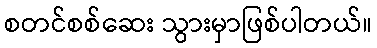
စတင်စစ်ဆေး သွားမှာဖြစ်ပါတယ်။